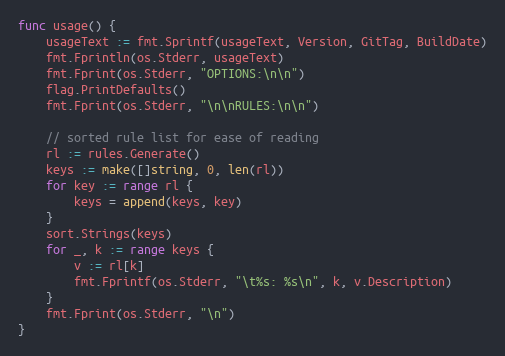
Language: Go
func usage() {
	usageText := fmt.Sprintf(usageText, Version, GitTag, BuildDate)
	fmt.Fprintln(os.Stderr, usageText)
	fmt.Fprint(os.Stderr, "OPTIONS:\n\n")
	flag.PrintDefaults()
	fmt.Fprint(os.Stderr, "\n\nRULES:\n\n")

	// sorted rule list for ease of reading
	rl := rules.Generate()
	keys := make([]string, 0, len(rl))
	for key := range rl {
		keys = append(keys, key)
	}
	sort.Strings(keys)
	for _, k := range keys {
		v := rl[k]
		fmt.Fprintf(os.Stderr, "\t%s: %s\n", k, v.Description)
	}
	fmt.Fprint(os.Stderr, "\n")
}